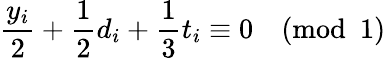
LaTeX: \frac{y_{i}}{2}+\frac{1}{2}d_{i}+\frac{1}{3}t_{i}\equiv 0\pmod 1